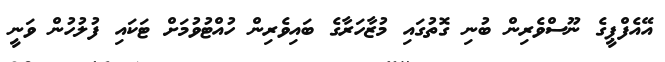
އޭއެފްޕީގެ ނޫސްވެރިން ބުނި ގޮތުގައި މުޒާހަރާގެ ބައިވެރިން ހުއްޓުވުމަށް ޓަކައި ފުލުހުން ވަނީ